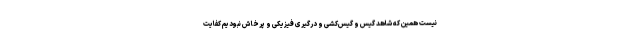
نیست همین که شاهد گیس و گیس‌کشی و درگیری فیزیکی و پرخاش نبودیم کفایت